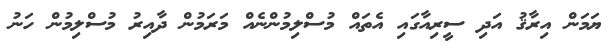
ޔަމަން އިރާޤު އަދި ސީރިއާގައި އެތައް މުސްލިމުންނެއް މަރަމުން ދާއިރު މުސްލިމުން ހަނު